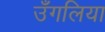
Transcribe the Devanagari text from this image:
उँगलिया